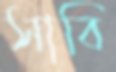
সাবি